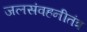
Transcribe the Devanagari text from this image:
जलसंवहनीतंत्र